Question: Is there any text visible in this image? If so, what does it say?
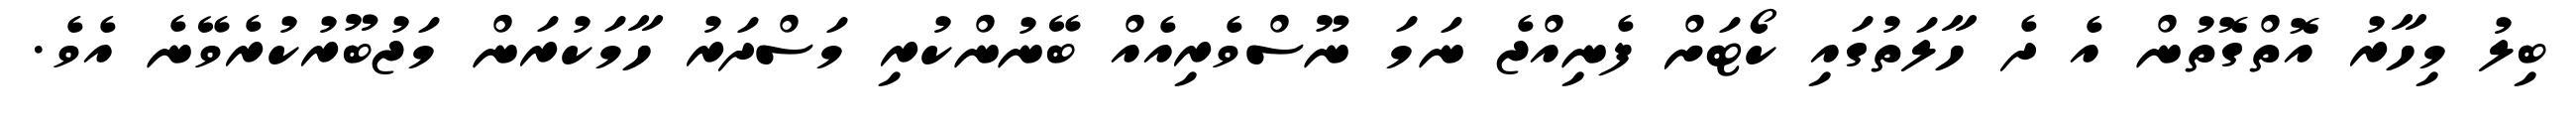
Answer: ބިލު މިހާރު އޮތްގޮތުން އެ ދެ ހާލަތުގައި ކޯޓަށް ފެނިއްޖެ ނަމަ ނޫސްވެރިއެއް ބޭނުންކުރި މަސްދަރު ހާމަކުރަން މަޖުބޫރުކުރެވޭނެ އެވެ.